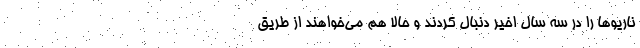
ناریوها را در سه سال اخیر دنبال کردند و حالا هم می‌خواهند از طریق